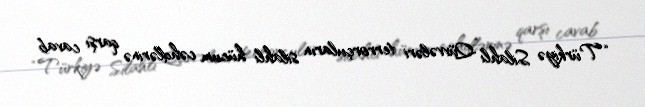
“Türkiyə Silahlı Qüvvələri terrorçuların silahlı hücum cəhdlərinə qarşı cavab